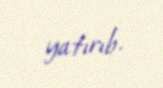
yatırıb.